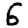
Digit: 6